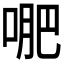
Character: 𭈙